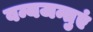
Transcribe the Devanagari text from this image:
वन्यजन्तुएं